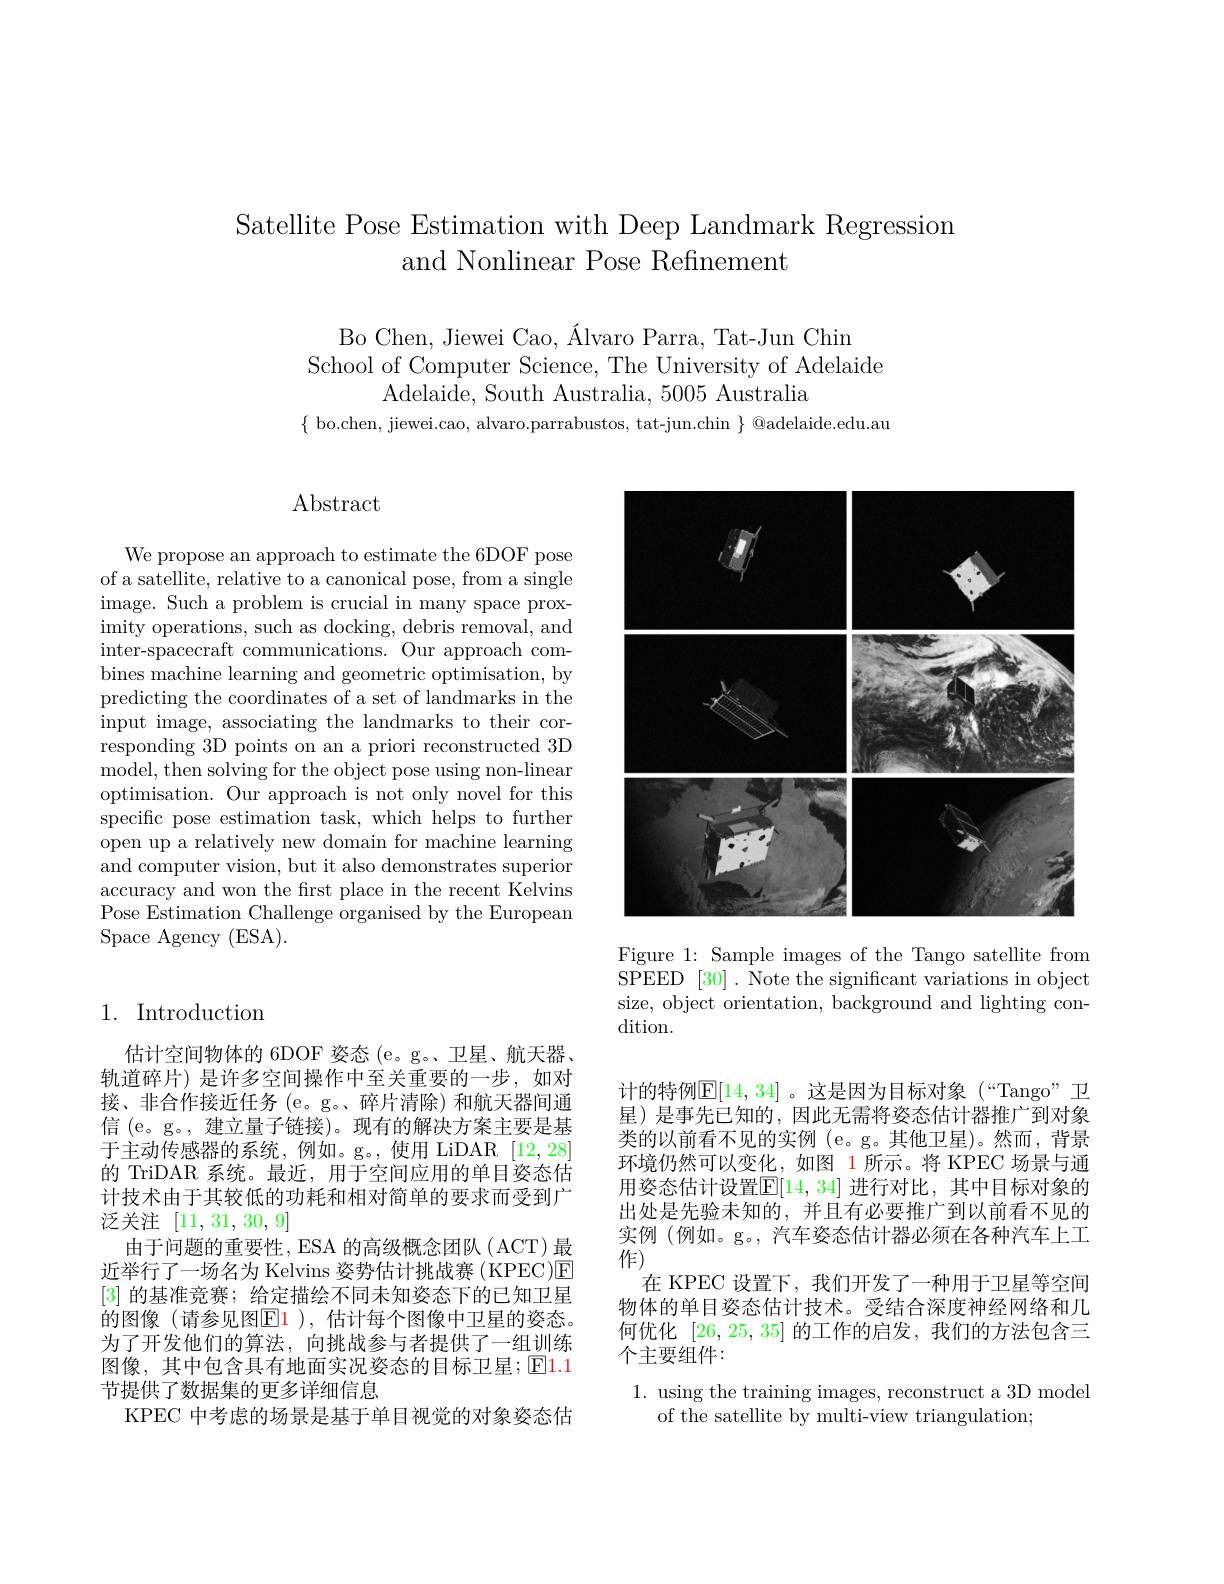
Satellite Pose Estimation with Deep Landmark Regression
and Nonlinear Pose Refinement

Bo Chen, Jiewei Cao, Álvaro Parra, Tat-Jun Chin
School of Computer Science, The University of Adelaide
Adelaide, South Australia, 5005 Australia

$\{$ bo.chen, jiewei.cao, alvaro.parrabustos, tat-jun.chin $\}$ @adelaide.edu.au

Abstract

We propose an approach to estimate the 6DOF pose of a satellite, relative to a canonical pose, from a single image. Such a problem is crucial in many space proximity operations, such as docking, debris removal, and inter-spacecraft communications. Our approach combines machine learning and geometric optimisation, by predicting the coordinates of a set of landmarks in the input image, associating the landmarks to their corresponding 3D points on an a priori reconstructed 3D model, then solving for the object pose using non-linear optimisation. Our approach is not only novel for this specific pose estimation task, which helps to further open up a relatively new domain for machine learning and computer vision, but it also demonstrates superior accuracy and won the first place in the recent Kelvins Pose Estimation Challenge organised by the European Space Agency (ESA).

## 1. Introduction

估计空间物体的 6DOF 姿态 (e。g。、卫星、航天器、 轨道碎片) 是许多空间操作中至关重要的一步，如对接、非合作接近任务(e。g。、碎片清除)和航天器间通信 (e。g。, 建立量子链接)。现有的解决方案主要是基于主动传感器的系统，例如。g。,使用 LiDAR [12,28] 的 TriDAR 系统。最近，用于空间应用的单目姿态估计技术由于其较低的功耗和相对简单的要求而受到广泛关注[11,31,30,9]
由于问题的重要性，ESA 的高级概念团队 ( ACT) 最近举行了一场名为 Kelvins 姿势估计挑战赛 ( KPEC)回[3]的基准竞赛；给定描绘不同未知姿态下的已知卫星的图像(请参见图$\color{red}{\mathrm{E}}\color{red}{\mathrm{1~),~}}$估计每个图像中卫星的姿态。为了开发他们的算法，向挑战参与者提供了一组训练图像，其中包含具有地面实况姿态的目标卫星；$\operatorname{El}$1.1节提供了数据集的更多详细信息
KPEC 中考虑的场景是基于单目视觉的对象姿态估

<FigureHere>

Figure 1: Sample images of the Tango satellite from SPEED [30]. Note the significant variations in object size, object orientation, background and lighting condition.

计的特例$\mathbb{E}[14,34]$ 。这是因为目标对象 (“Tango”卫星)是事先已知的，因此无需将姿态估计器推广到对象类的以前看不见的实例 (e。g。其他卫星)。然而，背景环境仍然可以变化，如图 1所示。将 KPEC 场景与通用姿态估计设置$\overline{\mathbb{E}}[14,34]$ 进行对比，其中目标对象的出处是先验未知的，并且有必要推广到以前看不见的实例(例如。g。, 汽车姿态估计器必须在各种汽车上工作)
在 KPEC 设置下，我们开发了一种用于卫星等空间物体的单目姿态估计技术。受结合深度神经网络和几何优化[26,25,35]的工作的启发，我们的方法包含三个主要组件：

1. using the training images, reconstruct a 3D model
of the satellite by multi-view triangulation;